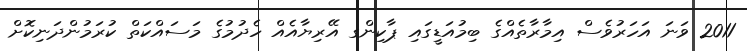
2011 ވަނަ އަހަރުވެސް އިމާރާތެއްގެ ބިމުއަޑީގައި ޕާކިންގ އޭރިޔާއެއް ހެދުމުގެ މަސައްކަތް ކުރަމުންދަނިކޮށް